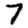
Digit: 7